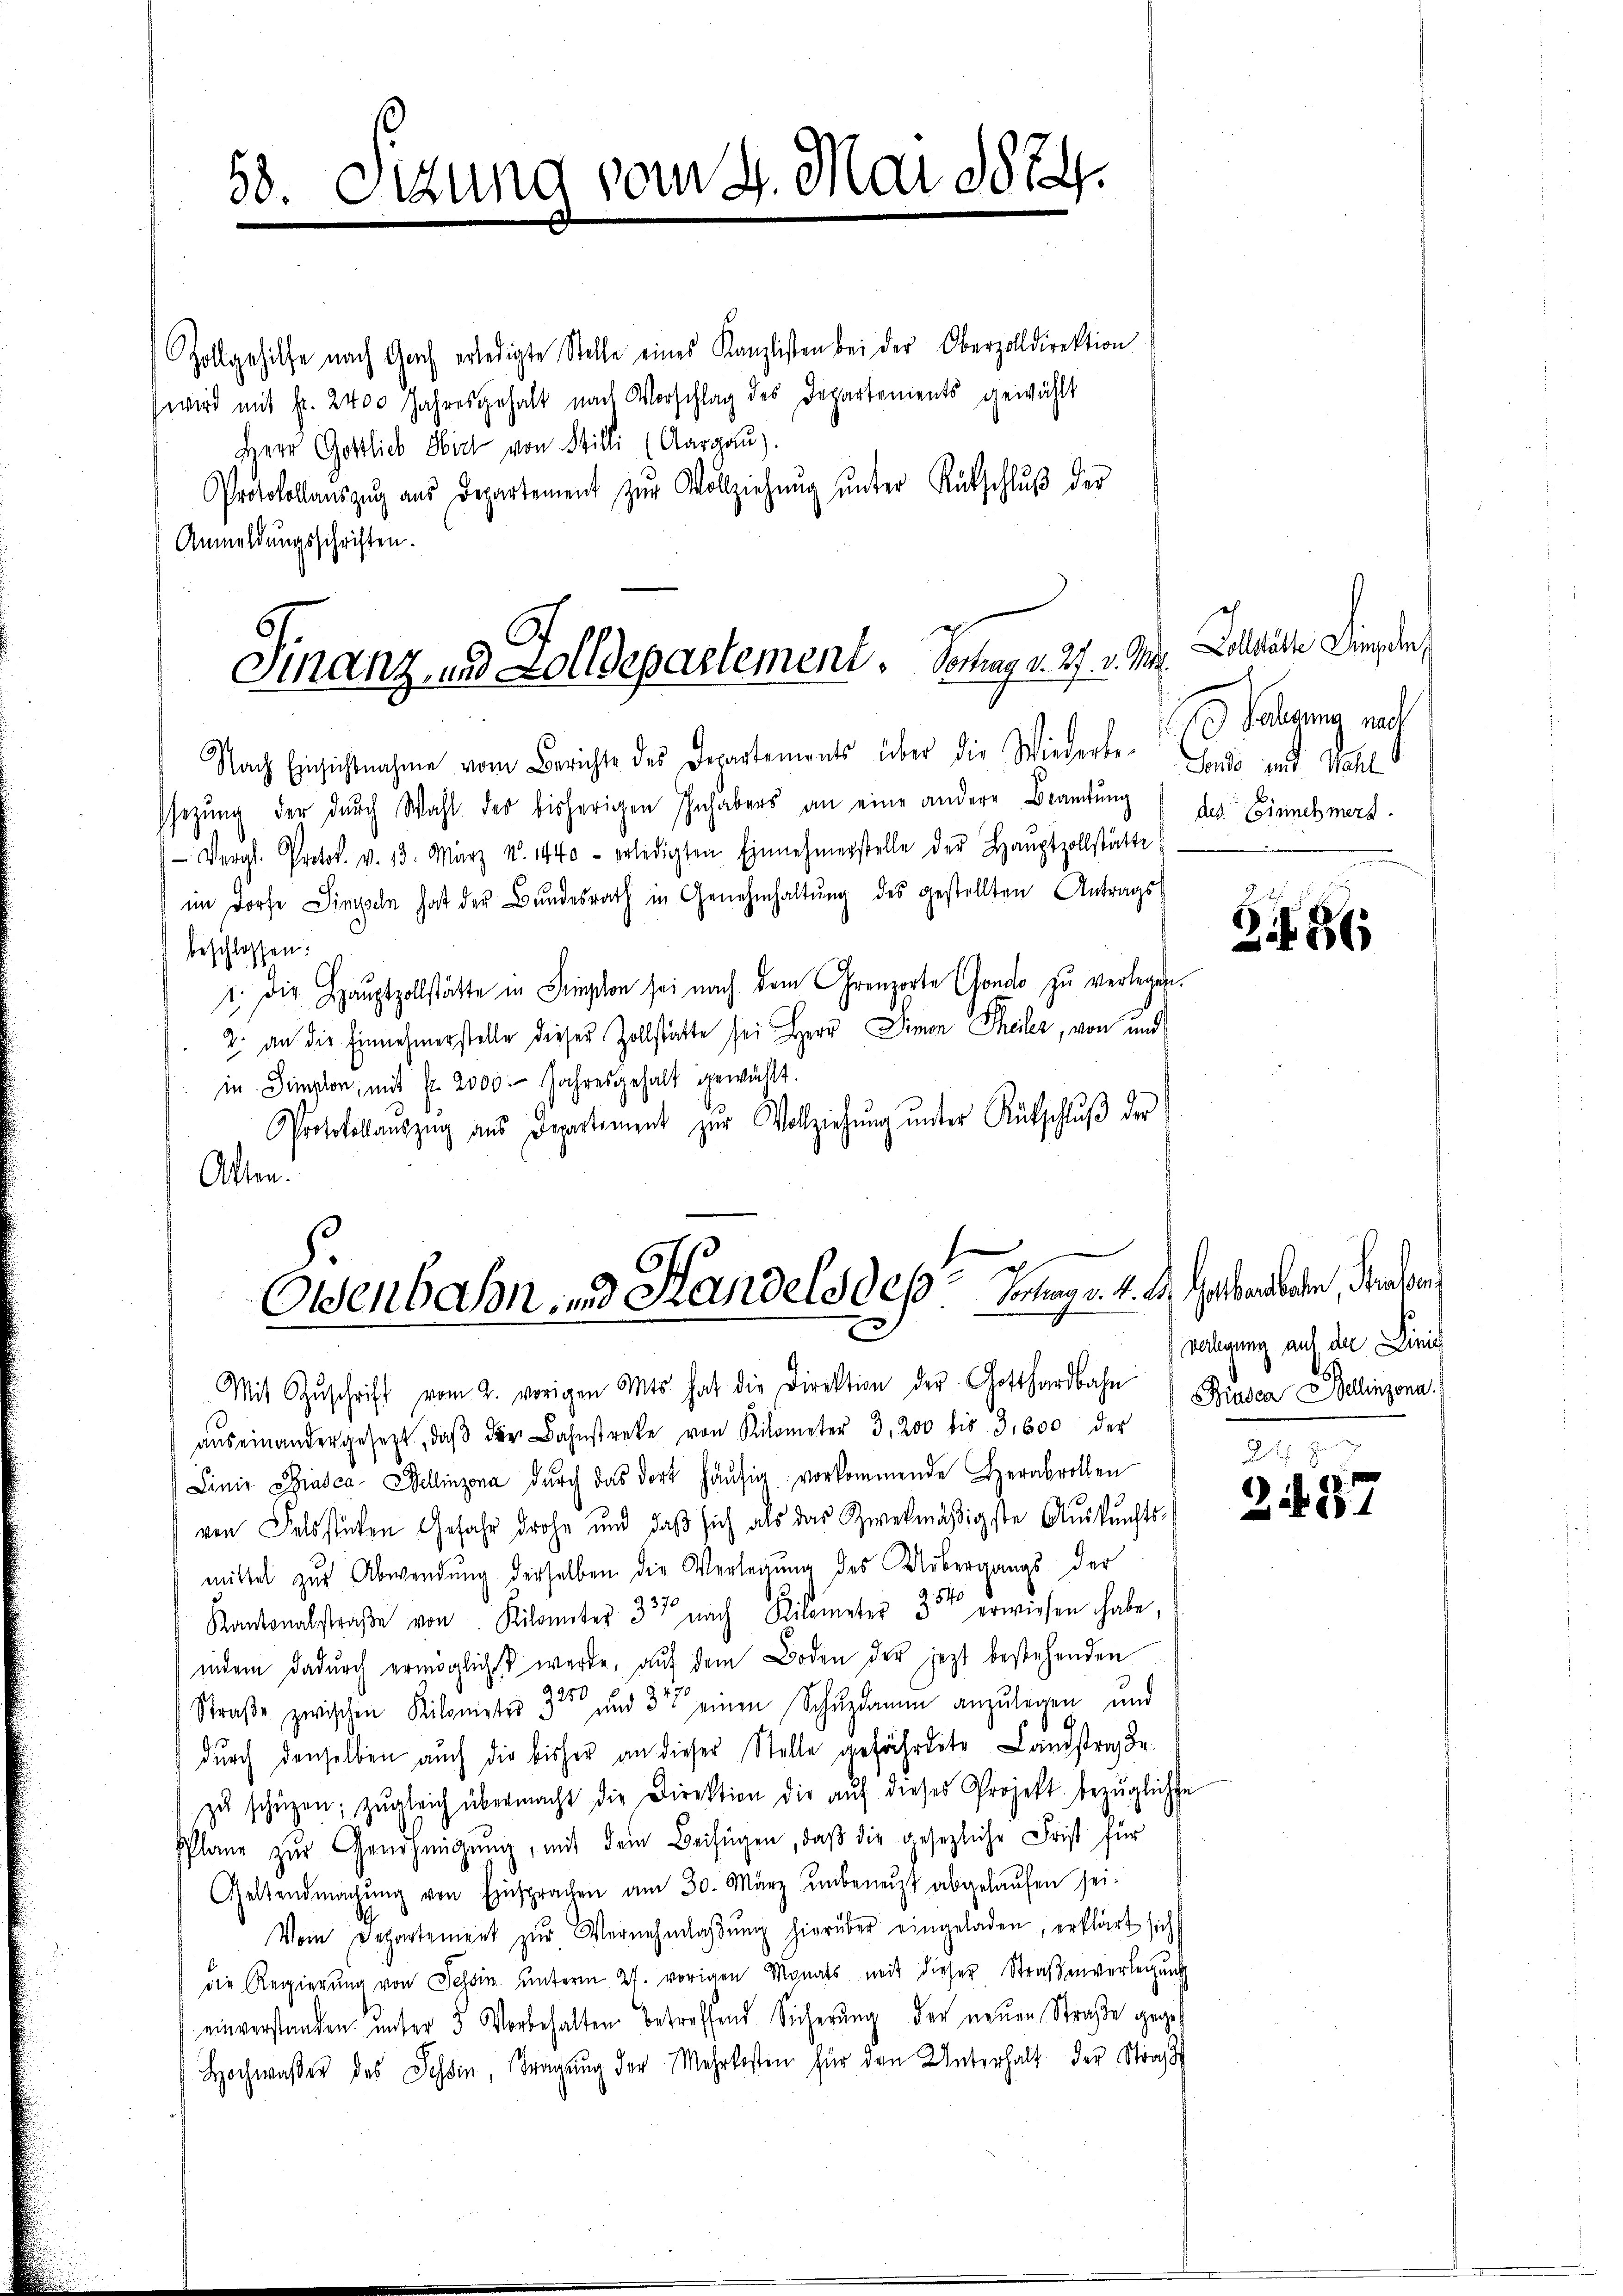
58. Sizung vom 4. Mai 1884.

Zollgehilfe nach Gach erledigte Stelle eines Kanzlisten bei der Oberzolldirektion
wird mit fr. 2400 Jahresgehalt nach Vorschlag des Departements gewählt
Herr Gottlieb Sie von Stilli (Aargaŭ).
Protokollaŭszŭg aŭs Departement zŭr Vollziehŭng ŭnter Rückschlŭβ der
Anmeldungsschriften.

Finanz und Zolldepartement. Vortrag v. 27. v. Ma

Osenbahn und Handels des Inngr. 4. A. habendeten, danken

Nach Einsichtnahme vom Berichte des Departements über die Wiederbe-
sezŭng der dŭrch Wahl des bisherigen Inhabers an eine andere Beamtŭng
 Vergl. Protol. v. 13. März v. 1440 - erledigten Einnehmerstelle der Haŭptzollstätte
im Dorfe Simpeln hat der Bundesrath in Genehmhaltung des gestellten Antrags
beschlossen:
1. Die Hauptzollstätte in Simplon sei nach dem Grenzorte Gondo zu verlegen.
2. an die Einnehmerstelle dieser Zollstatte sei Herr Simon Theiler, von und
in Simplor, mit fr. 2000 Jahresgehalt gewählt.
Protokollauszug aus Departement zŭr Vollziehŭng ŭnter Rütschluß der
Alten.

Vollstätte Dingen
 Valdung nach
Londo und Wahl
des Einnehmerz.

Mit Zŭschrift vom 2. vorigen Amts hat die Direktion der Gotthardbahn
aŭs einandergesetzt, daβ der Bahnstreke von Kilometer 3,200 bis 3,600 der
Linie Sisca Wellinzona durch das dort häufig vorkommende Herabrollen
von Felsstücken Gefahr drohe und daß sich als das Zweckmäßigste Auskunfts-
mittel zŭr Abwendŭng derselben die Verlegung des Uebergangs der
140
Kantonalstraβe von Kilometer 337 nach Kilometer 3 erwiesen habe,
indem dadurch ermöglichst werde, aŭf dem Boden der jezt bestehenden
Straße zwischen Kilometer 3te und 31 einen Schŭzdam anzulegen und
durch denselben auch die bisher an dieser Stelle gefährdete Landstrag de
zŭ schüzen; zŭgleich übermacht die Direktion die aŭf dieses Projekt bezügliche
Plane zŭr Genehmigŭng, mit dem Beifügen, daβ die gesezliche Frist für
Geltendmachŭng von Einsprachen am 30. März unbenutzt abgelaufen sei¬
Vom Departement zŭr Vernehmlaβŭng hierüber eingeladen, erklärt sich
die Regierŭng von Tessin ŭnterm 27. vorigen Monats mit dieser Straßenverlegung
einverstanden unter 5 Vorbehalten betreffend Sicherung der neuen Straße gege
Hochwaßer des Schein Tragŭng der Mehrkosten für den Unterhalt der Straf

2i86

verlegung auf der Linie
Binden Bellinzona.

287